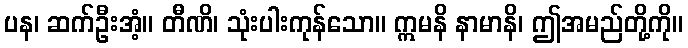
ပန၊ ဆက်ဦးအံ့။ တီဏိ၊ သုံးပါးကုန်သော။ ဣမနိ နာမာနိ၊ ဤအမည်တို့ကို။